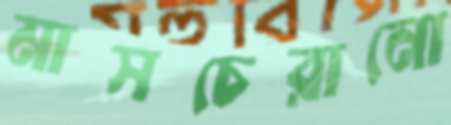
মাসচেরানো